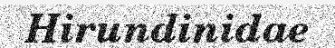
Hirundinidae